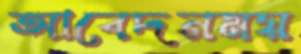
আবেদনময়